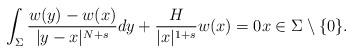
LaTeX: \begin{align*}\int_{\Sigma} \frac{w(y) - w(x)}{|y-x|^{N+s} } d y+ \frac{H}{|x|^{1+s}} w(x) = 0 x \in\Sigma\setminus \{0\}.\end{align*}